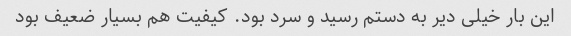
این بار خیلی دیر به دستم رسید و سرد بود. کیفیت هم بسیار ضعیف بود